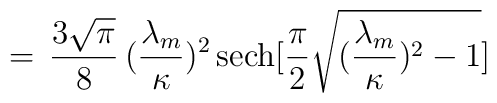
=\,\frac{3 \sqrt{\pi}}{8} \, (\frac{\lambda_m}{\kappa})^2 \, {\rm sech}[\frac{\pi}{2} \sqrt{(\frac{\lambda_m}{\kappa})^2 -1}]